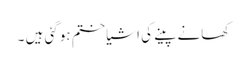
کھانے پینے کی اشیا ختم ہوگئی ہیں ۔